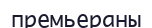
премьераны